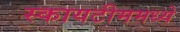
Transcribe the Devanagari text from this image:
स्कायटीममध्ये